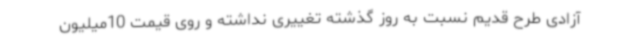
آزادی طرح قدیم نسبت به روز گذشته تغییری نداشته و روی قیمت 10میلیون